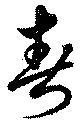
春